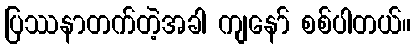
ပြဿနာတက်တဲ့အခါ ကျနော် စစ်ပါတယ်။